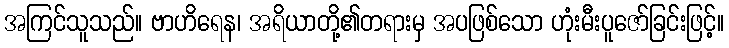
အကြင်သူသည်။ ဗာဟိရေန၊ အရိယာတို့၏တရားမှ အပဖြစ်သော ဟုံးမီးပူဇော်ခြင်းဖြင့်။